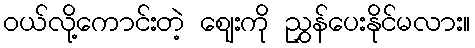
ဝယ်လို့ကောင်းတဲ့ ဈေးကို ညွှန်ပေးနိုင်မလား။